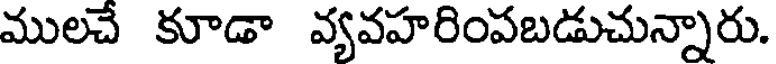
ములచే కూడా వ్యవహరింపబడుచున్నారు.